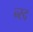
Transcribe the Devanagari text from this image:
न्स्द